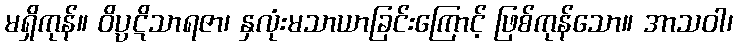
မရှိကုန်။ ဝိပ္ပဋိသာရဇာ၊ နှလုံးမသာယာခြင်းကြောင့် ဖြစ်ကုန်သော။ အာသဝါ၊